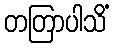
တတြာပါသိံ